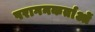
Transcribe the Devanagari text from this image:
परागनकर्ताओं